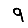
Digit: 9